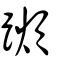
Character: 𨆌